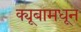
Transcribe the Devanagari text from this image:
क्यूबामधून